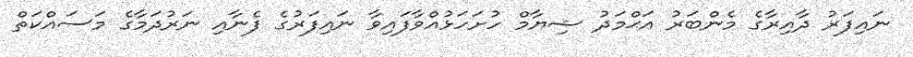
ނައިފަރު ދާއިރާގެ މެންބަރު އަޙްމަދު ޝިޔާމް ހުށަހަޅުއްވާފައިވާ ނައިފަރުގެ ފެނާއި ނަރުދަމާގެ މަސައްކަތް